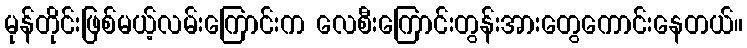
မုန်တိုင်းဖြစ်မယ့်လမ်းကြောင်းက လေစီးကြောင်းတွန်းအားတွေကောင်းနေတယ်။